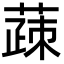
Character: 䔫